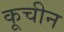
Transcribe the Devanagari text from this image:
कूचीन